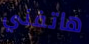
هاتفني